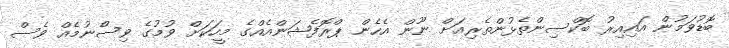
ބޮޑުވަމުން އައިއިރު ބޮކްސިންތެޅުންތެރިއަށް ނޫން އެހެން ޕްރޮފެޝަންއެއްގެ މީހަކަށް ވުމުގެ ވިސްނުމެއް ވެސް